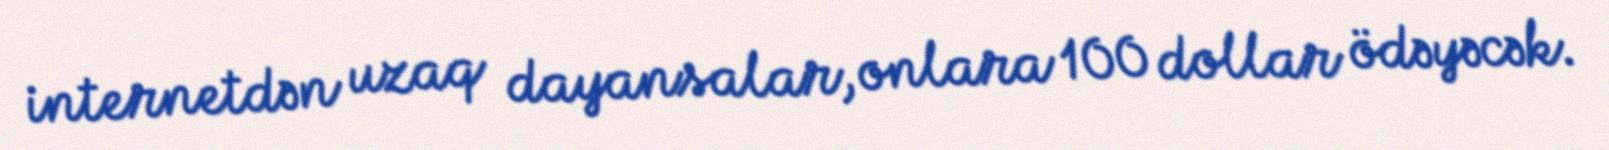
internetdən uzaq dayansalar, onlara 100 dollar ödəyəcək.